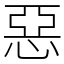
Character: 惡